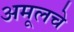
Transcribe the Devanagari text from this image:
अमूलचे